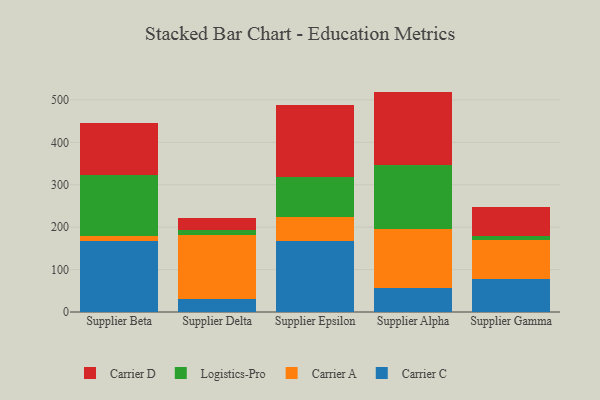
{"axis": {"x": "Supplier", "y": "Shipments"}, "legend": ["Carrier A", "Carrier C", "Carrier D", "Logistics-Pro"], "data": [{"x": "Supplier Beta", "y": 166.8, "type": "Carrier C"}, {"x": "Supplier Beta", "y": 12.9, "type": "Carrier A"}, {"x": "Supplier Beta", "y": 144.0, "type": "Logistics-Pro"}, {"x": "Supplier Beta", "y": 122.8, "type": "Carrier D"}, {"x": "Supplier Delta", "y": 30.4, "type": "Carrier C"}, {"x": "Supplier Delta", "y": 151.9, "type": "Carrier A"}, {"x": "Supplier Delta", "y": 12.0, "type": "Logistics-Pro"}, {"x": "Supplier Delta", "y": 27.7, "type": "Carrier D"}, {"x": "Supplier Epsilon", "y": 168.3, "type": "Carrier C"}, {"x": "Supplier Epsilon", "y": 55.5, "type": "Carrier A"}, {"x": "Supplier Epsilon", "y": 94.4, "type": "Logistics-Pro"}, {"x": "Supplier Epsilon", "y": 169.2, "type": "Carrier D"}, {"x": "Supplier Alpha", "y": 56.0, "type": "Carrier C"}, {"x": "Supplier Alpha", "y": 139.8, "type": "Carrier A"}, {"x": "Supplier Alpha", "y": 150.1, "type": "Logistics-Pro"}, {"x": "Supplier Alpha", "y": 173.6, "type": "Carrier D"}, {"x": "Supplier Gamma", "y": 77.8, "type": "Carrier C"}, {"x": "Supplier Gamma", "y": 91.7, "type": "Carrier A"}, {"x": "Supplier Gamma", "y": 9.0, "type": "Logistics-Pro"}, {"x": "Supplier Gamma", "y": 68.7, "type": "Carrier D"}]}